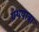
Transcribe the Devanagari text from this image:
ग्रंथयात्रा